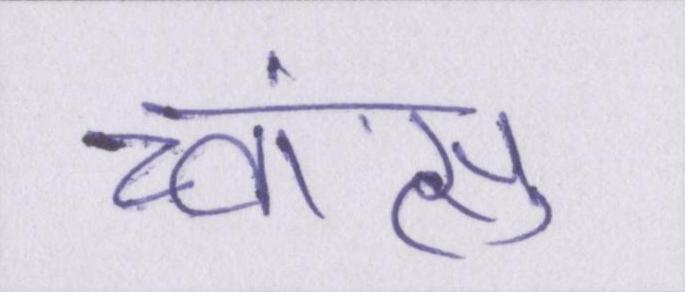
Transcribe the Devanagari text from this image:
च्वांत्सु